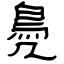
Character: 鳧